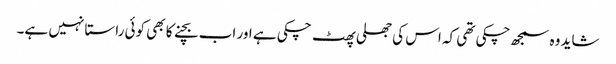
شاید وہ سمجھ چکی تھی کہ اس کی جھلی پھٹ چکی ہے اور اب بچنے کا بھی کوئی راستا نہیں ہے۔